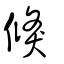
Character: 倐